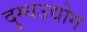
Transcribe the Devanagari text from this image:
दुग्धउद्योग